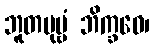
ဘူတပုဗ္ဗံ ဘိက္ခဝေ၊